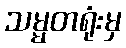
သမ္မတရုံးမှ